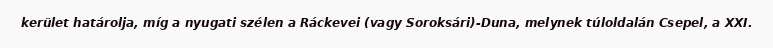
kerület határolja, míg a nyugati szélen a Ráckevei (vagy Soroksári)-Duna, melynek túloldalán Csepel, a XXI.